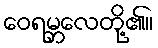
ဝေရမ္ဘလေတို့၏။